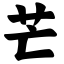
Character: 芒